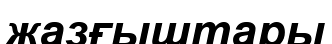
жазғыштары